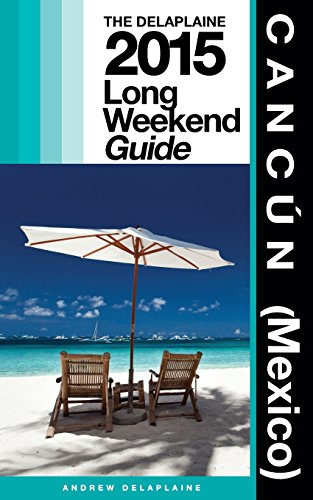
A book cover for Cancun (Mexico) - The Delaplaine 2015 Long Weekend Guide (Long Weekend Guides); Andrew Delaplaine; Travel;